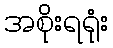
အစိုးရရုံး